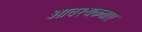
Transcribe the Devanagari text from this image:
आवश्यकताए